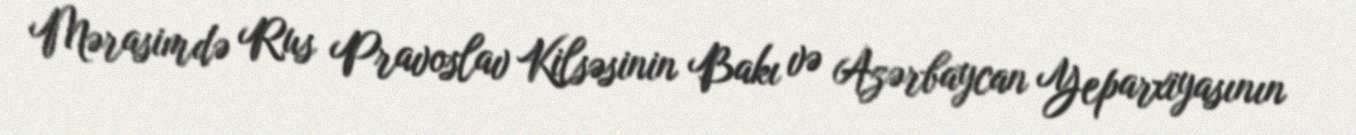
Mərasimdə Rus Pravoslav Kilsəsinin Bakı və Azərbaycan Yeparxiyasının